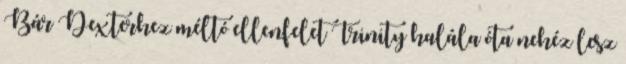
Bár Dexterhez méltó ellenfelet Trinity halála óta nehéz lesz